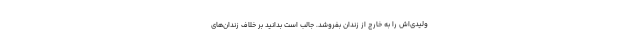
ولیدی‌اش را به خارج از زندان بفروشد. جالب است بدانید بر خلاف زندان‌های